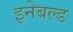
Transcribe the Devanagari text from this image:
इनेबल्ड